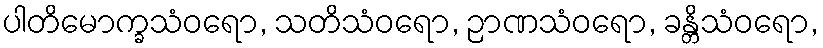
ပါတိမောက္ခသံဝရော, သတိသံဝရော, ဉာဏသံဝရော, ခန္တိသံဝရော,